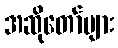
အဆိုတော်များ